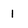
Character: 1